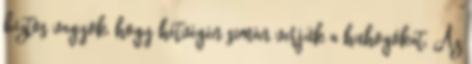
biztos vagyok, hogy hétvégén simán verjük a huhogókat. Az